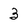
Character: 3